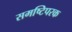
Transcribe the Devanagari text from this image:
समष्टिपरक